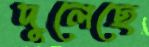
দুলেছে